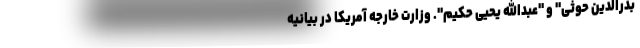
بدرالدین حوثی" و "عبدالله یحیی حکیم". وزارت خارجه آمریکا در بیانیه